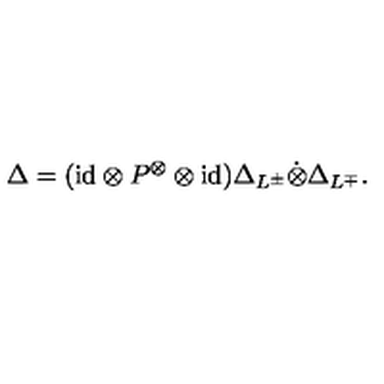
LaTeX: \Delta = ( \mathrm { i d } \otimes P ^ { \otimes } \otimes \mathrm { i d } ) \Delta _ { L ^ { \pm } } \dot { \otimes } \Delta _ { L ^ { \mp } } .